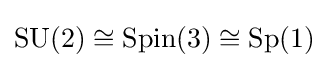
\operatorname {SU} (2)\cong \operatorname {Spin} (3)\cong \operatorname {Sp} (1)